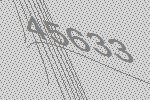
45633